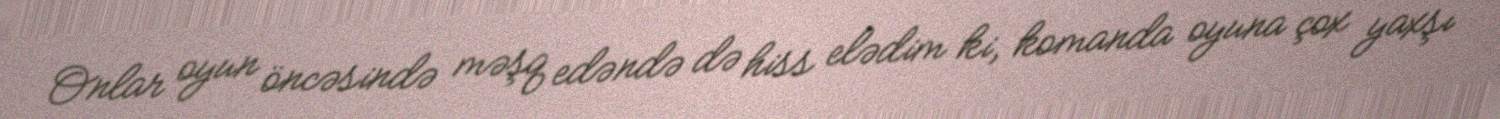
Onlar oyun öncəsində məşq edəndə də hiss elədim ki, komanda oyuna çox yaxşı